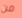
من